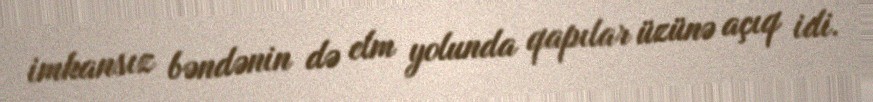
imkansız bəndənin də elm yolunda qapılar üzünə açıq idi.